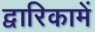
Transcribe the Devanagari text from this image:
द्वारिकामें